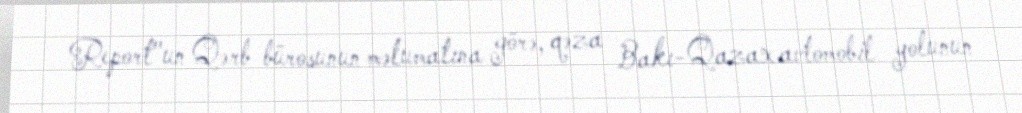
Report"un Qərb bürosunun məlumatına görə, qəza Bakı-Qazax avtomobil yolunun